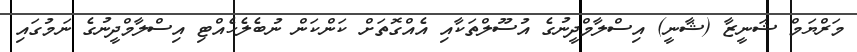
މަރްޔަމް ޝަނީޒާ (ޝާނީ) އިސްލާމްދީނުގެ އުސޫލްތަކާއި އެއްގޮތަށް ކަންކަން ނުބެލެހެއްޓި އިސްލާމްދީނުގެ ނަމުގައި